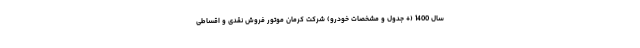
سال 1400 (+ جدول و مشخصات خودرو) شرکت کرمان موتور فروش نقدی و اقساطی